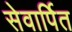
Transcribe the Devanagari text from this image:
सेवार्पित